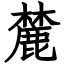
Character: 麓